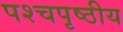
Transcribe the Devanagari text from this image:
पश्चपृष्ठीय